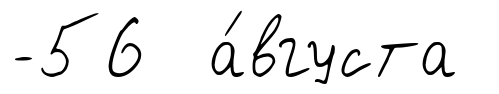
-56 а́вгуста